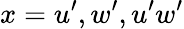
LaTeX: x=u^{\prime},w^{\prime},u^{\prime}w^{\prime}